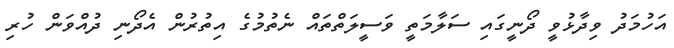
އަހުމަދު ވިދާޅުވީ ދޯނީގައި ސަލާމަތީ ވަސީލަތްތައް ނެތުމުގެ އިތުރުން އެދޯނި ދުއްވަން ހުރި